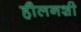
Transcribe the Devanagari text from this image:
हौलनशी